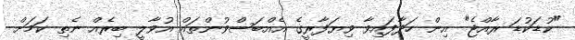
"ކުޑަކުޑަ ރާއްޖެ" އިން ހަދާފައިވާ ވިޔަފާރީގެ އެއްބަސްވުންތައް އުވާލީ ބިރެއް ނެތި ކަމަށް